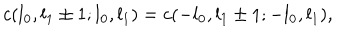
LaTeX: c ( l _ { 0 } , l _ { 1 } \pm 1 ; l _ { 0 } , l _ { 1 } ) = c ( - l _ { 0 } , l _ { 1 } \pm 1 ; - l _ { 0 } , l _ { 1 } ) ,